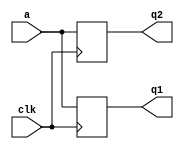
`timescale 1ns / 1ps

module Parallel_FF(
    input clk,a,
    output reg q2,q1
    );
    
     
    
    always @(posedge clk)
        begin
            q1 = a ;
            q2 = q1 ;
         end
endmodule